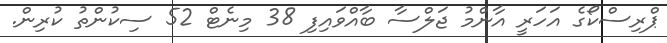
ޕްރިސްކޯގެ އަހަރީ އާންމު ޖަލްސާ ބާއްވައިފި 38 މިނެޓް 52 ސިކުންތު ކުރިން.